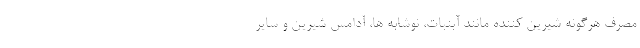
مصرف هرگونه شیرین کننده مانند آبنبات، نوشابه ‌ها، آدامس شیرین و سایر